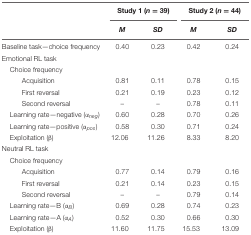
|  | <COLSPAN=2> Study 1 (n = 39) | <COLSPAN=2> Study 2 (n = 44) |
 |  | M | SD | M | SD |
 | --- | --- | --- | --- | --- |
 | Baseline task—choice frequency | 0.40 | 0.23 | 0.42 | 0.24 |
 | Emotional RL task |  |  |  |  |
 | Choice frequency |  |  |  |  |
 | Acquisition | 0.81 | 0.11 | 0.78 | 0.15 |
 | First reversal | 0.21 | 0.19 | 0.23 | 0.12 |
 | Second reversal | – | – | 0.78 | 0.11 |
 | Learning rate—negative (αneg) | 0.60 | 0.28 | 0.70 | 0.26 |
 | Learning rate—positive (αpos) | 0.58 | 0.30 | 0.71 | 0.24 |
 | Exploitation (β) | 12.06 | 11.26 | 8.33 | 8.20 |
 | Neutral RL task |  |  |  |  |
 | Choice frequency |  |  |  |  |
 | Acquisition | 0.77 | 0.14 | 0.79 | 0.16 |
 | First reversal | 0.21 | 0.14 | 0.23 | 0.15 |
 | Second reversal | – | – | 0.79 | 0.14 |
 | Learning rate—B (αB) | 0.69 | 0.28 | 0.74 | 0.23 |
 | Learning rate—A (αA) | 0.52 | 0.30 | 0.66 | 0.30 |
 | Exploitation (β) | 11.60 | 11.75 | 15.53 | 13.09 |